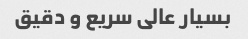
بسیار عالی سریع و دقیق